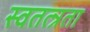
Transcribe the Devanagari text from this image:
स्वतत्न्रता